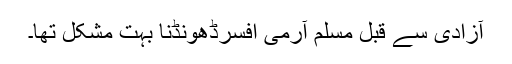
آزادی سے قبل مسلم آرمی افسرڈھونڈنا بہت مشکل تھا۔